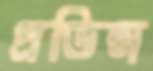
প্রভিন্স